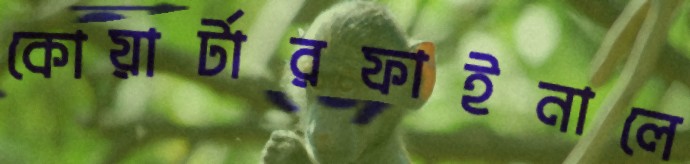
কোয়ার্টারফাইনালে